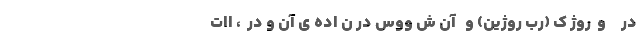
در     و  روژ ک (رب روژین) و   آن ش ووس در ن اده ی آن و در  ، اات